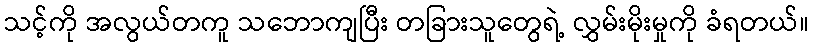
သင့်ကို အလွယ်တကူ သဘောကျပြီး တခြားသူတွေရဲ့ လွှမ်းမိုးမှုကို ခံရတယ်။